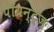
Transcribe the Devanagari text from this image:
पॉयन्ट्ज़